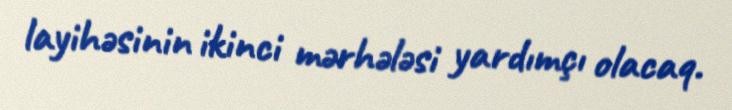
layihəsinin ikinci mərhələsi yardımçı olacaq.